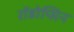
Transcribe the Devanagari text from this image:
रॉडोप्सिन